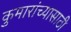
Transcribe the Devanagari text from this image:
कुमारांच्यासाठी